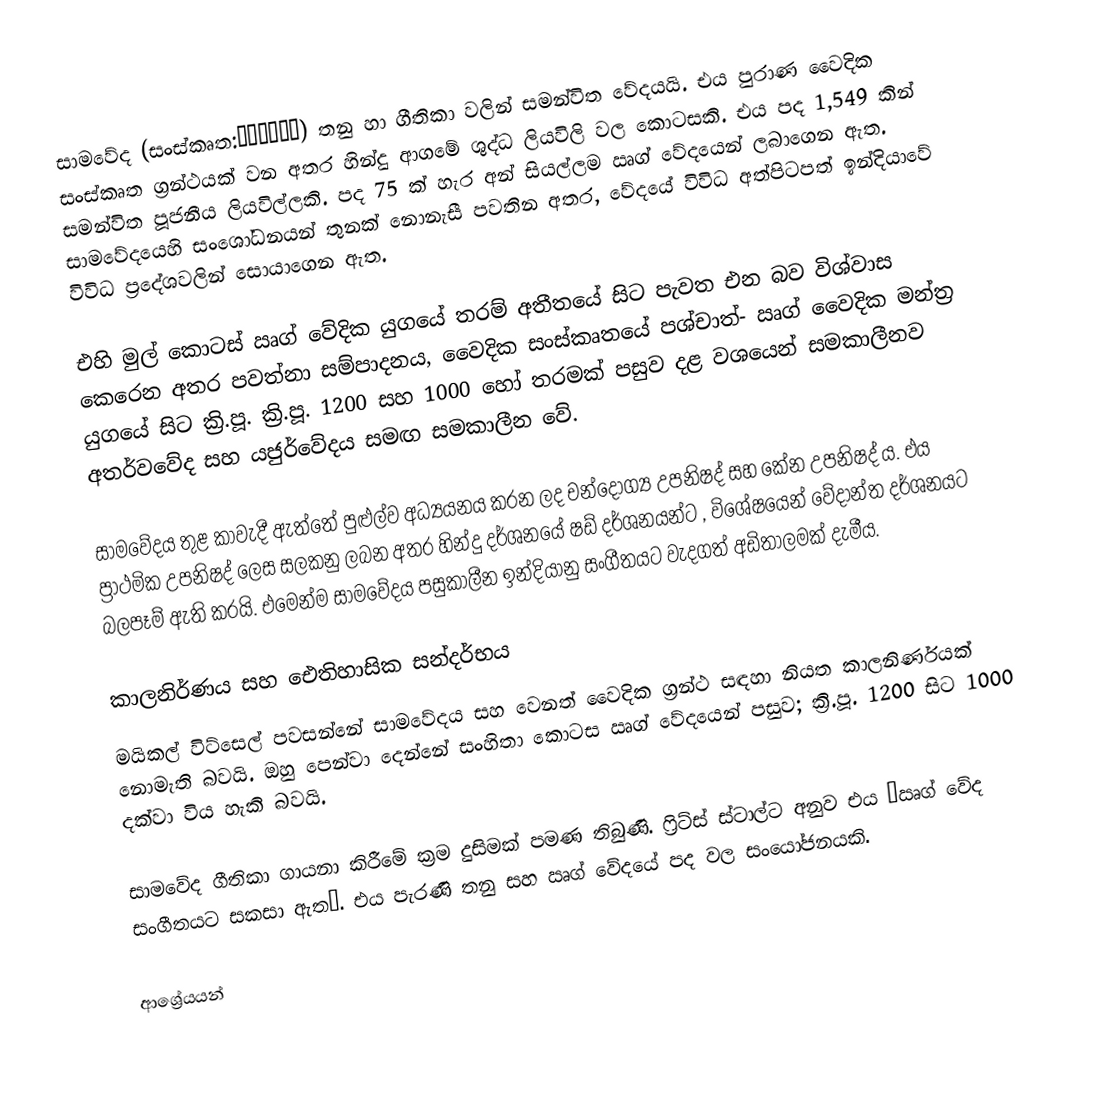
සාමවේද (සංස්කෘත:सामवेद) තනු හා ගීතිකා වලින් සමන්විත වේදයයි. එය පුරාණ වෛදික සංස්කෘත ග්‍රන්ථයක් වන අතර හින්දු ආගමේ ශුද්ධ ලියවිලි වල කොටසකි. එය පද 1,549 කින් සමන්විත පූජනීය ලියවිල්ලකි. පද 75 ක් හැර අන් සියල්ලම ඍග් වේදයෙන් ලබාගෙන ඇත. සාමවේදයෙහි සංශෝධනයන් තුනක් නොනැසී පවතින අතර, වේදයේ විවිධ අත්පිටපත් ඉන්දියාවේ විවිධ ප්‍රදේශවලින් සොයාගෙන ඇත.

එහි මුල් කොටස් ඍග් වේදික යුගයේ තරම් අතීතයේ සිට පැවත එන බව විශ්වාස කෙරෙන අතර පවත්නා සම්පාදනය, වෛදික සංස්කෘතයේ පශ්චාත්- ඍග් වෛදික මන්ත්‍ර යුගයේ සිට ක්‍රි.පූ. ක්‍රි.පූ. 1200 සහ 1000 හෝ තරමක් පසුව දළ වශයෙන් සමකාලීනව අතර්වවේද සහ  යජුර්වේදය සමඟ සමකාලීන වේ.

සාමවේදය තුළ කාවැදී ඇත්තේ පුළුල්ව අධ්‍යයනය කරන ලද චන්දෝග්‍ය උපනිෂද් සහ කේන උපනිෂද් ය. එය ප්‍රාථමික උපනිෂද් ලෙස සලකනු ලබන අතර හින්දු දර්ශනයේ ෂඩ් දර්ශනයන්ට , විශේෂයෙන් වේදාන්ත දර්ශනයට බලපෑම් ඇති කරයි. එමෙන්ම සාමවේදය පසුකාලීන ඉන්දියානු සංගීතයට වැදගත් අඩිතාලමක් දැමීය.

කාලනිර්ණය සහ ඓතිහාසික සන්දර්භය
මයිකල් විට්සෙල් පවසන්නේ සාමවේදය සහ වෙනත් වෛදික ග්‍රන්ථ සඳහා නියත කාලනිර්ණයක් නොමැති බවයි. ඔහු පෙන්වා දෙන්නේ සංහිතා කොටස ඍග් වේදයෙන් පසුව;  ක්‍රි.පූ. 1200 සිට 1000 දක්වා විය හැකි බවයි.

සාමවේද ගීතිකා ගායනා කිරීමේ ක්‍රම දුසිමක් පමණ තිබුණි. ෆ්‍රිට්ස් ස්ටාල්ට අනුව එය “ඍග් වේද සංගීතයට සකසා ඇත”. එය පැරණි තනු සහ  ඍග් වේදයේ පද වල සංයෝජනයකි.

ආශ්‍රේයයන්